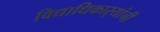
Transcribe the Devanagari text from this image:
विद्याधिकार्‍यांनी